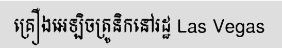
គ្រឿងអេឡិចត្រូនិកនៅរដ្ឋ Las Vegas